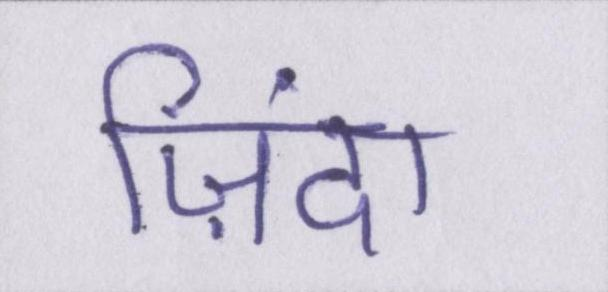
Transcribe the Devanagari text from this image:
ज़िंदा